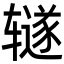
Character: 𫟦